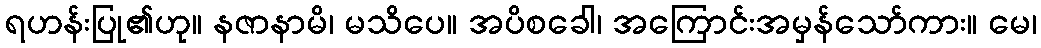
ရဟန်းပြု၏ဟု။ နဇာနာမိ၊ မသိပေ။ အပိစခေါ၊ အကြောင်းအမှန်သော်ကား။ မေ၊